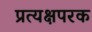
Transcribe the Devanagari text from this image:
प्रत्यक्षपरक